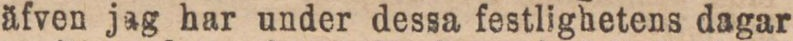
äfven jag har under dessa festlighetens dagar